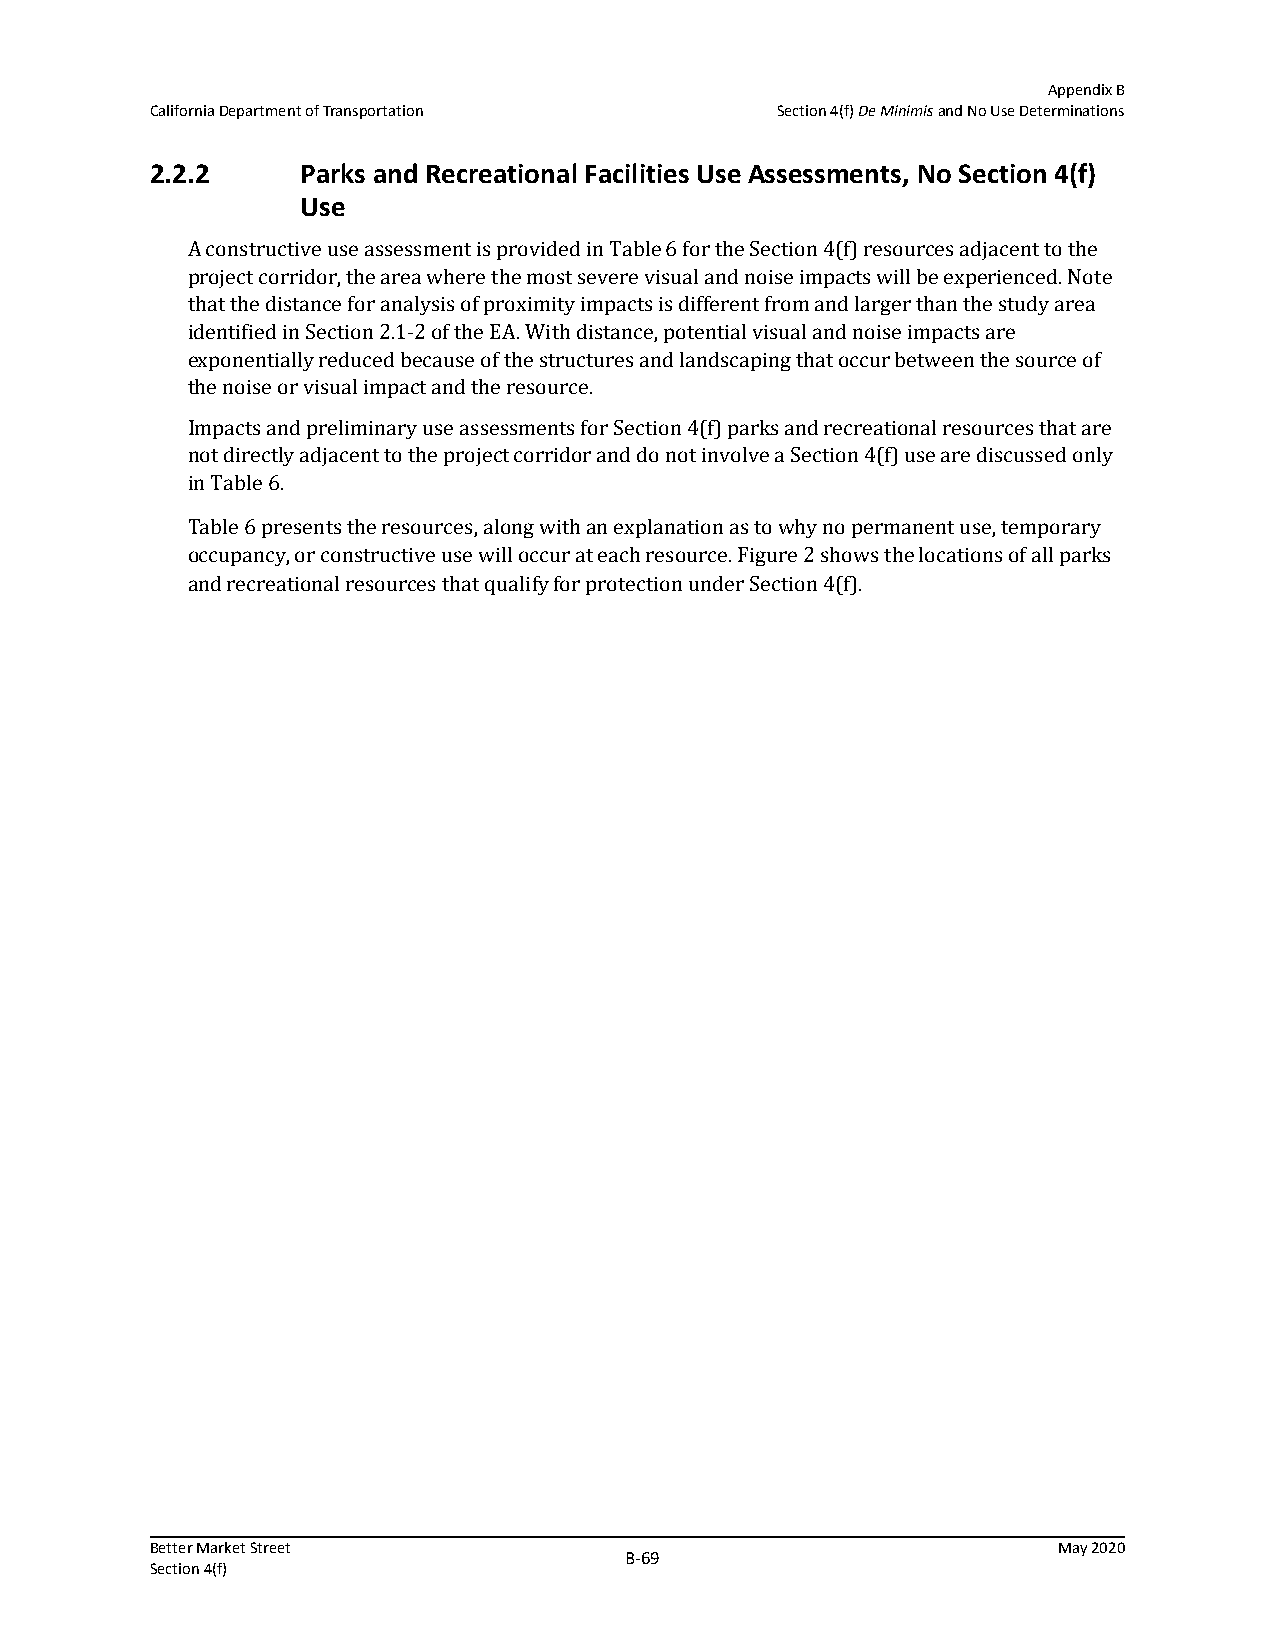
Appendix B
 California Department of Transportation  Section 4(f) De Minimis and No Use Determinations
 2.2.2     Parks and Recreational Facilities Use Assessments, No Section 4(f)
 Use
 A constructive use assessment is provided in Table 6 for the Section 4(f) resources adjacent to the
 project corridor, the area where the most severe visual and noise impacts will be experienced. Note
 that the distance for analysis of proximity impacts is different from and larger than the study area
 identified in Section 2.1-2 of the EA. With distance, potential visual and noise impacts are
 exponentially reduced because of the structures and landscaping that occur between the source of
 the noise or visual impact and the resource.
 Impacts and preliminary use assessments for Section 4(f) parks and recreational resources that are
 not directly adjacent to the project corridor and do not involve a Section 4(f) use are discussed only
 in Table 6.
 Table 6 presents the resources, along with an explanation as to why no permanent use, temporary
 occupancy, or constructive use will occur at each resource. Figure 2 shows the locations of all parks
 and recreational resources that qualify for protection under Section 4(f).
 Better Market Street                                        May 2020
 B‐69
 Section 4(f)